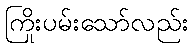
ကြိုးပမ်းသော်လည်း